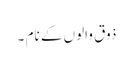
ذوق والوں کے نام ۔